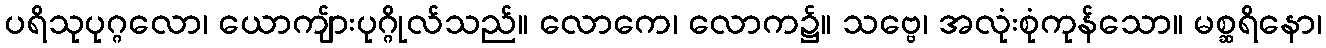
ပရိသုပုဂ္ဂလော၊ ယောကျ်ားပုဂ္ဂိုလ်သည်။ လောကေ၊ လောက၌။ သဗ္ဗေ၊ အလုံးစုံကုန်သော။ မစ္ဆရိနော၊